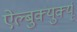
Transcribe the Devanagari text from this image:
ऐल्बुक्युर्क्यू